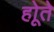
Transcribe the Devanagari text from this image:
होूते